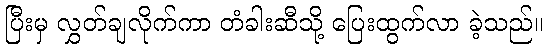
ပြီးမှ လွှတ်ချလိုက်ကာ တံခါးဆီသို့ ပြေးထွက်လာ ခဲ့သည်။